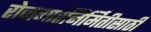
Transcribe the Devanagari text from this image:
रोजगारनिर्मितीसाठी